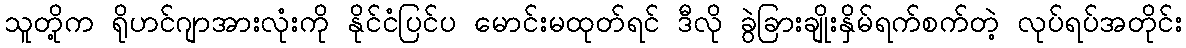
သူတို့က ရိုဟင်ဂျာအားလုံးကို နိုင်ငံပြင်ပ မောင်းမထုတ်ရင် ဒီလို ခွဲခြားချိုးနှိမ်ရက်စက်တဲ့ လုပ်ရပ်အတိုင်း